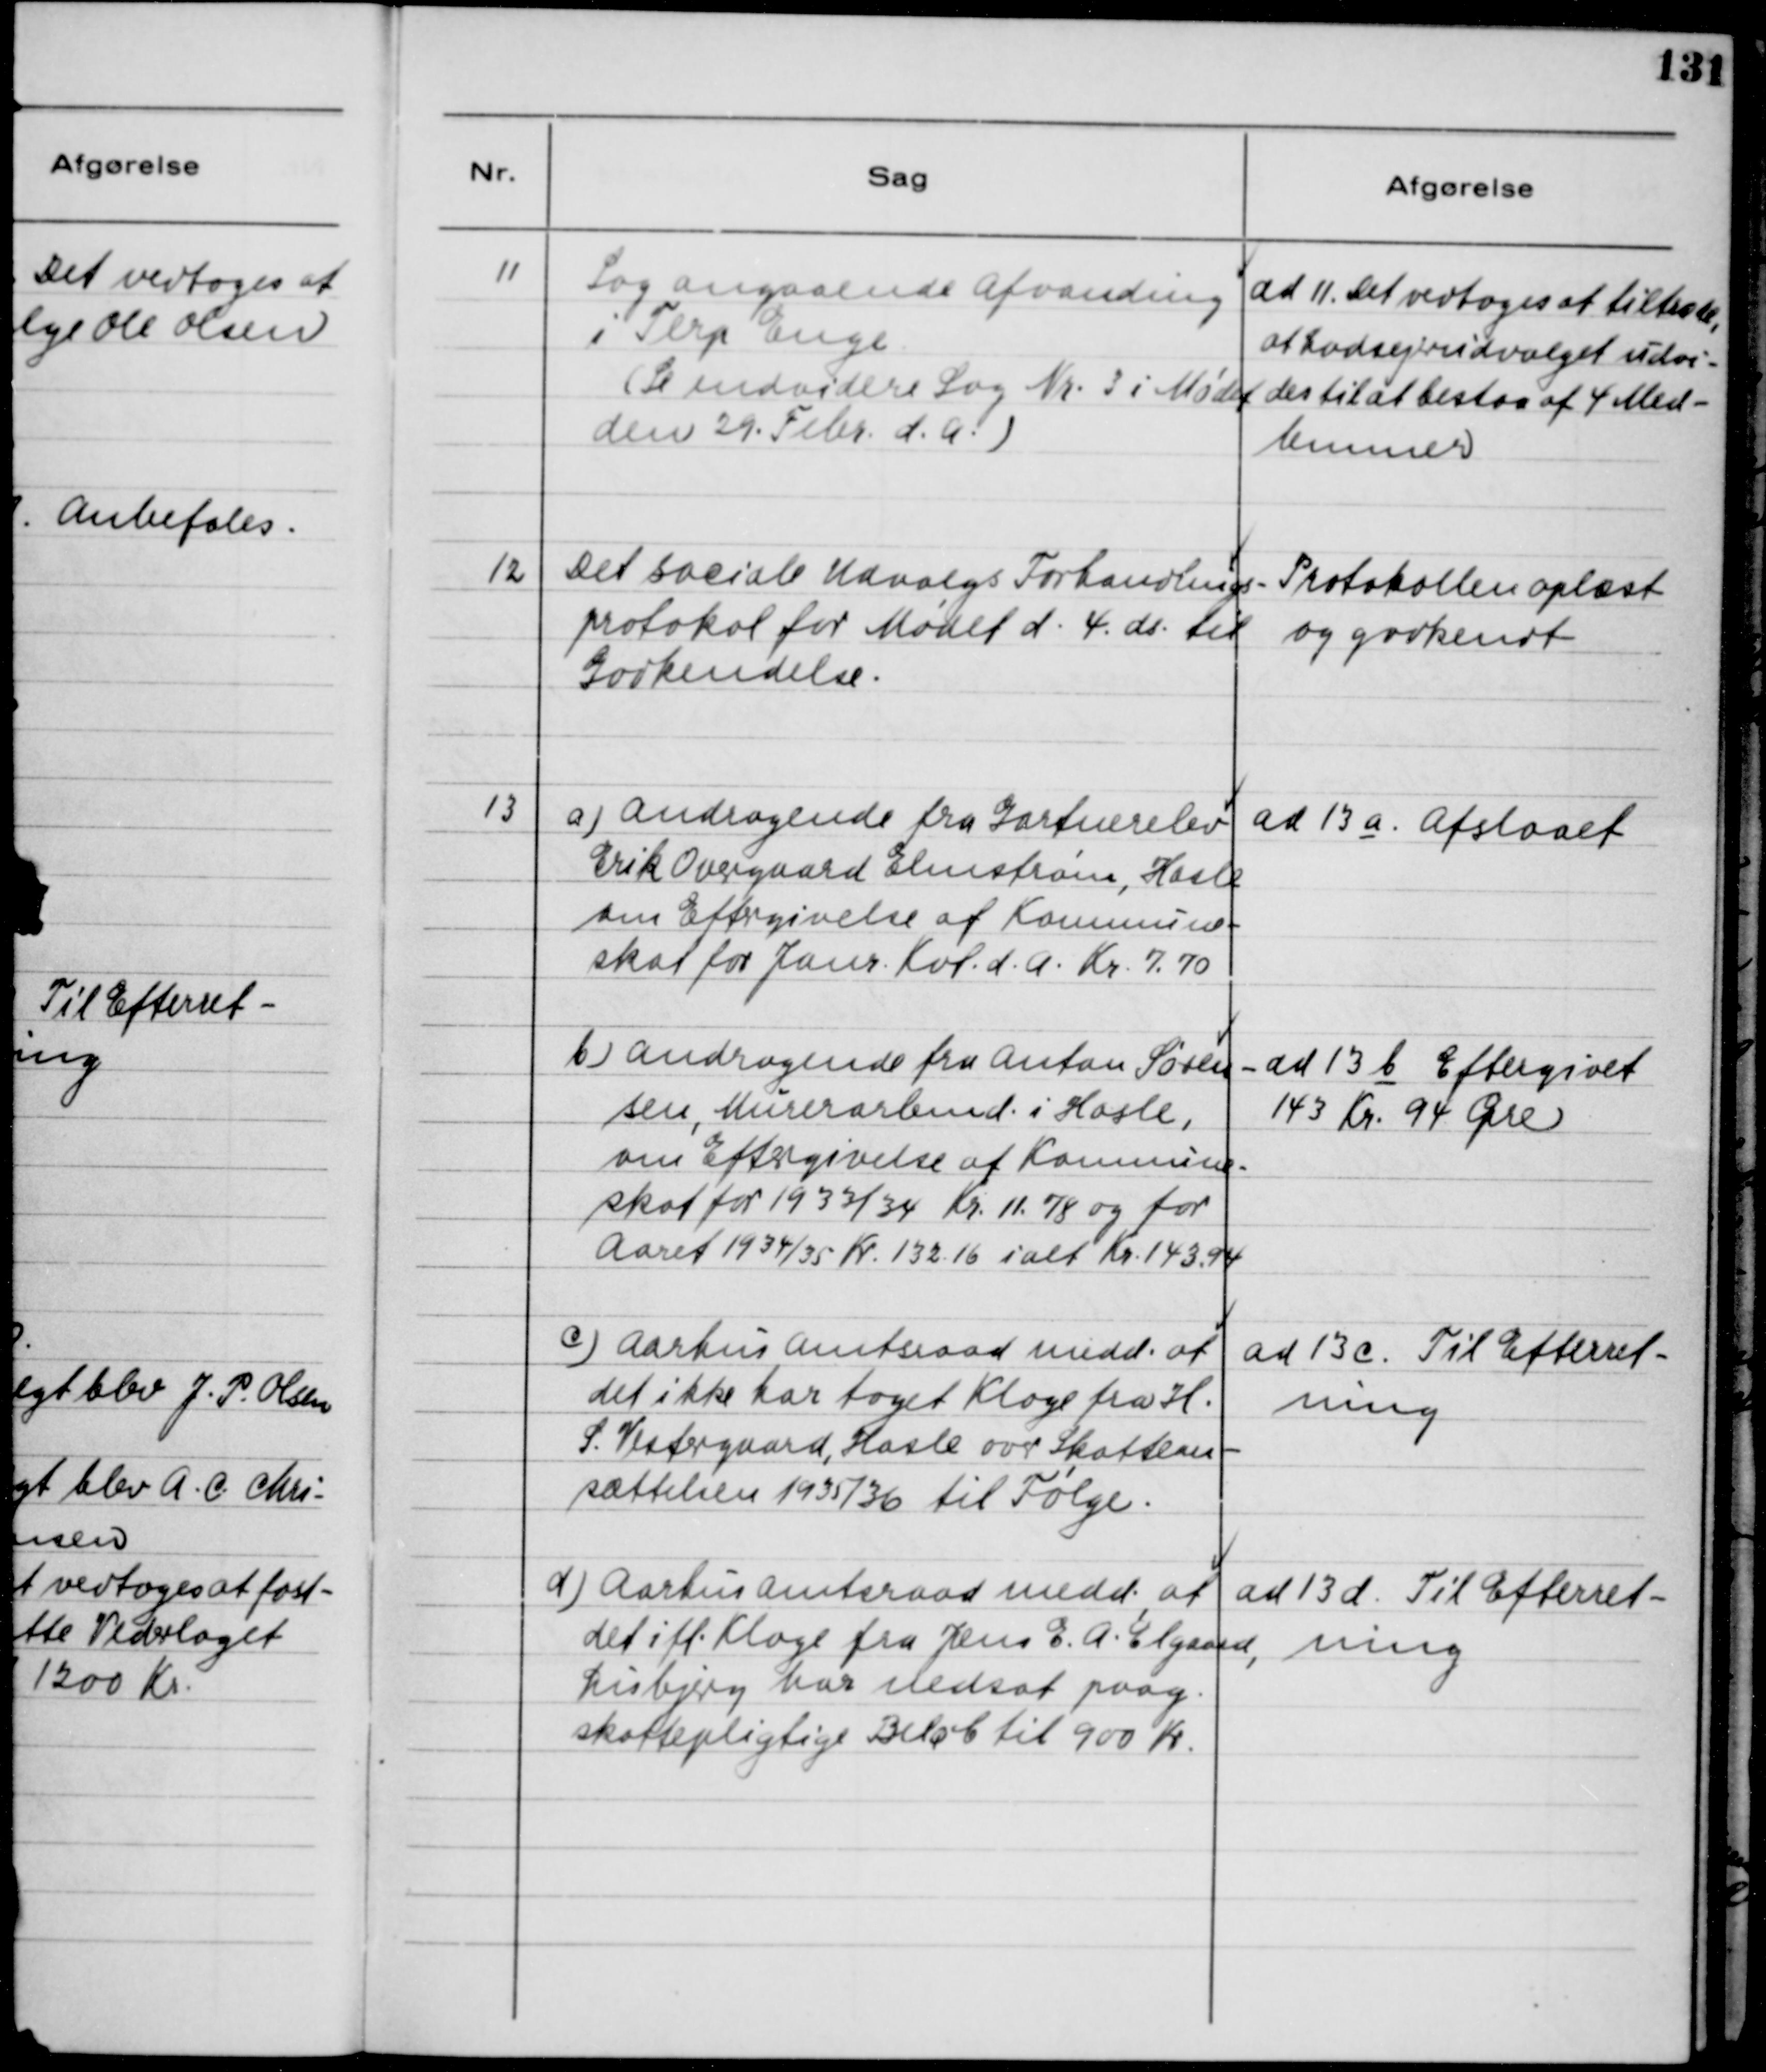
Transskription:
11
Sag angaaende Afvanding
i Terp Enge
(Se endvidere Sag Nr. 3 i Mødet
den 29. Febr. d.A.)
ad 11. Det vedtoges at tiltræde,
at Lodsejerudvalget udvi-
des til at bestaa af 4 Med-
lemmer.
12
Det sociale Udvalgs Forhandlings-
protokol for Mødet d. 4. ds. til
Godkendelse.
Protokollen oplæst
og godkendt.
13
a) Andragende fra Gartnerelev
Erik Overgaard Elmstrøm, Hasle
om Eftergivelse af Kommune-
skat for Janr. Kvt. d.A. Kr. 7,70
ad 13 a Afslaaet
b) Andragende fra Anton Søren-
sen, Murerarbmd. i Hasle,
om Eftergivelse af Kommune-
skat for 1933/34 Kr. 11,78 og for
Aaret 1934/35 kr. 132,16 ialt 143,94
ad 13 b Eftergivet
143 Kr. 94 Øre
c) Aarhus Amtsraad medd. at
det ikke har modtaget Klage fra H.
S. Vestergaard, Hasle over Skattean-
sættelsen 1935/36 til Følge.
ad 13c. Til Efterret-
ning
d) Aarhus Amtsraad medd. at
det ifl. Klage fra Jens E.A. Elgaard,
Lisbjerg har nedsat paag.
skattepligtige Beløb til 900 Kr.
ad 13d. Til Efterret-
ning